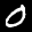
Label: 0